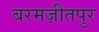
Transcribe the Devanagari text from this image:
बरमज़ीतपुर